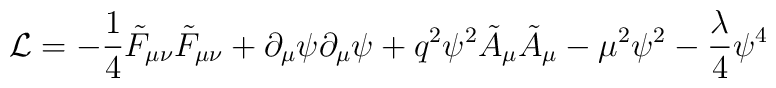
{\cal L} = -\frac{1}{4}\tilde F_{\mu\nu}\tilde F_{\mu\nu} + \partial_\mu\psi\partial_\mu\psi + q^2 \psi^2 \tilde A_\mu\tilde A_\mu - \mu^2\psi^2-\frac{\lambda}{4}\psi^4